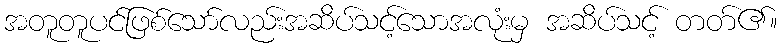
အတူတူပင်ဖြစ်သော်လည်းအဆိပ်သင့်သောအလုံးမှ အဆိပ်သင့် တတ်၏။